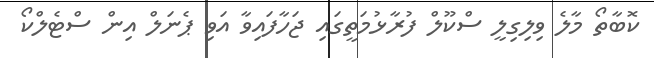
ކޮބާތޯ މާލެ ވިލިގިލީ ސްކޫލް ފުރާޅުމަތީގައި ޖަހާފައިވާ އަވި ޕެނަލް އިން ސްޓެލްކޯ